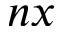
n x